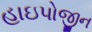
હાઇપોજીન